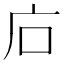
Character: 𢇞